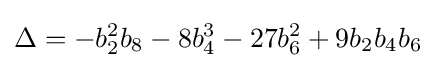
\Delta =-b_{2}^{2}b_{8}-8b_{4}^{3}-27b_{6}^{2}+9b_{2}b_{4}b_{6}